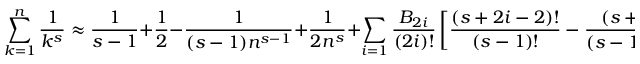
\sum _ { k = 1 } ^ { n } { \frac { 1 } { k ^ { s } } } \approx { \frac { 1 } { s - 1 } } + { \frac { 1 } { 2 } } - { \frac { 1 } { ( s - 1 ) n ^ { s - 1 } } } + { \frac { 1 } { 2 n ^ { s } } } + \sum _ { i = 1 } { \frac { B _ { 2 i } } { ( 2 i ) ! } } \left[ { \frac { ( s + 2 i - 2 ) ! } { ( s - 1 ) ! } } - { \frac { ( s + 2 i - 2 ) ! } { ( s - 1 ) ! n ^ { s + 2 i - 1 } } } \right] .